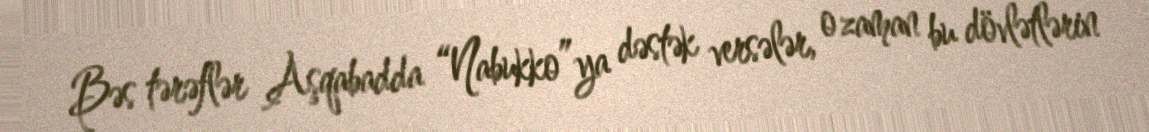
Bəs tərəflər Aşqabadda “Nabukko”ya dəstək versələr, o zaman bu dövlətlərin